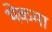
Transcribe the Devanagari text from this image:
भेकमा